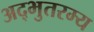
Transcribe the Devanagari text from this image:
अद्भुतरम्य